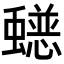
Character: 𮕄